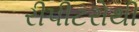
રીપીટરોથી